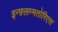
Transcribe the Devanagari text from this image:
इन्फ़्लम्मतोरिएस